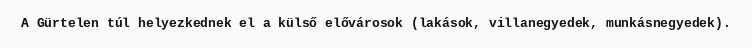
A Gürtelen túl helyezkednek el a külső elővárosok (lakások, villanegyedek, munkásnegyedek).